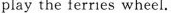
play the ferries wheel.